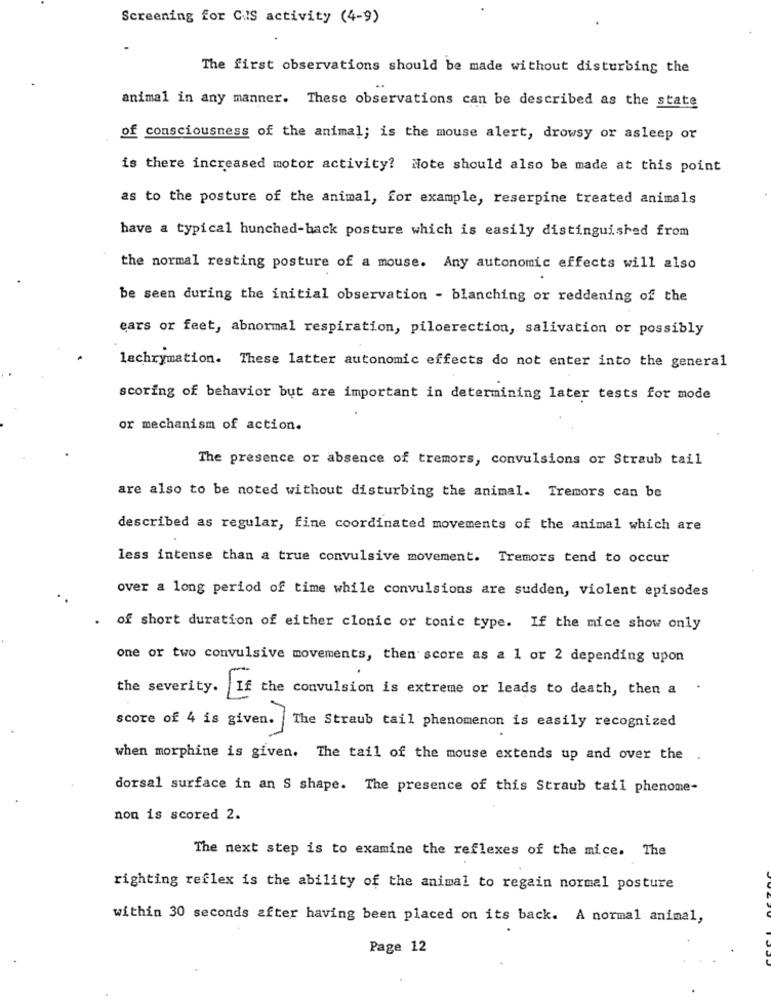
Screening for CAIS activity (4-9)
The first observations should be made without disturbing the
animal in any manner. These observations can be described as the state
of consciousness of the animal; is the mouse alert, drowsy or asleep or
is there increased motor activity? Note should also be made at this point
as to the posture of the animal, for example, reserpine treated animals
have a typical hunched-back posture which is easily distinguished from
the normal resting posture of a mouse. Any autonomic effects will also
be seen during the initial observation - blanching or reddening of the
ears or feet, abnormal respiration, piloerection, salivation or possibly
lachrymation. These latter autonomic effects do not enter into the general
scoring of behavior but are important in determining later tests for mode
or mechanism of action.
The presence or absence of tremors, convulsions or Straub tail
are also to be noted without disturbing the animal. Tremors can be
described as regular, fine coordinated movements of the animal which are
less intense than a true convulsive movement. Tremors tend to occur
over a long period of time while convulsions are sudden, violent episodes
of short duration of either clonic or tonic type. If the mice show only
one or two convulsive movements, then score as a 1 or 2 depending upon
the severity.
If the convulsion is extreme or leads to death, then a
.
score of 4 is given.
The Straub tail phenomenon is easily recognized
when morphine is given. The tail of the mouse extends up and over the .
dorsal surface in an S shape. The presence of this Straub tail phenome-
non is scored 2.
The next step is to examine the reflexes of the mice. The
righting reflex is the ability of the animal to regain normal posture
within 30 seconds after having been placed on its back. A normal animal,
Page 12